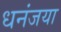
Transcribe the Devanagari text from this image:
धनंजया